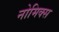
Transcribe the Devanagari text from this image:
नोमिक्स